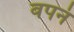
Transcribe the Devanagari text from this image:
वपनं